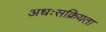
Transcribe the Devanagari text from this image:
अधःसक्रियता